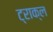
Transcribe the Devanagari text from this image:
ट्राक्ल